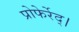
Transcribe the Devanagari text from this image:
प्रोफेर्रेद्।